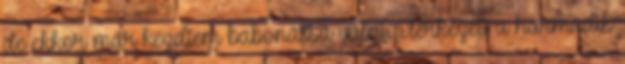
de ekkor már kezdtem babonássá válni. Elérkezett a harmadik